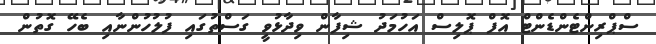
ސްޕްރިންޓެންޑެންޓް އޮފް ޕޮލިސް އަހުމަދު ޝިފާން ވިދާޅުވީ ގަސްތުގައި ފުލުހުންނާއި ބެހޭ ގޮތުން